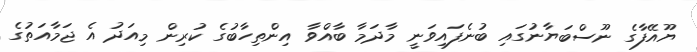
ޔޫއޭފާގެ ނޫސްބަޔާނުގައި ބުނެފައިވަނީ މާދަމާ ބާއްވާ އިންތިހާބުގެ ކުރިން މިއަދު އެ ޖަމާއަތުގެ